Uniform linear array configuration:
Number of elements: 32
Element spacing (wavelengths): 1
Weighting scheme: uniform
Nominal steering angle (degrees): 60
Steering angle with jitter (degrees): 59.301
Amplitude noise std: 0.05
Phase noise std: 0.05

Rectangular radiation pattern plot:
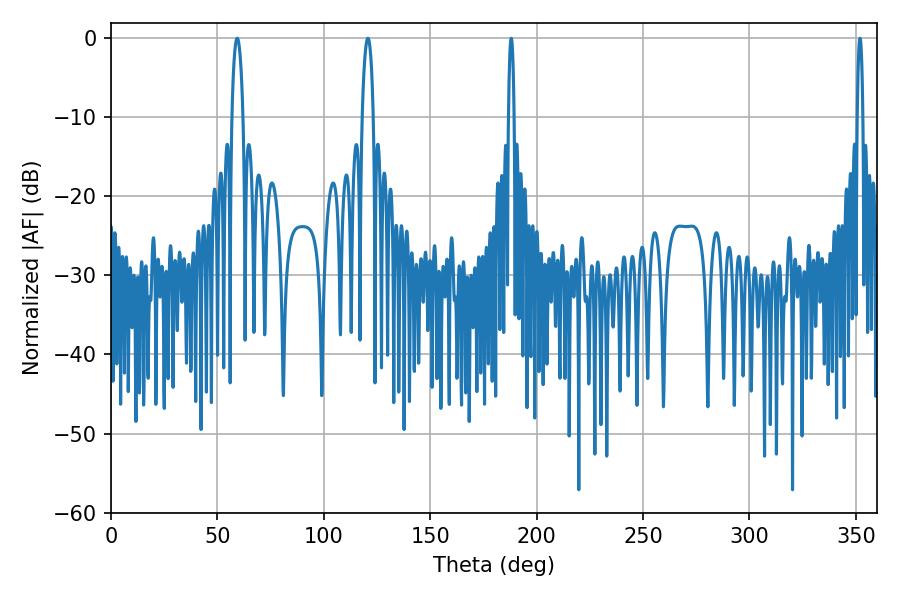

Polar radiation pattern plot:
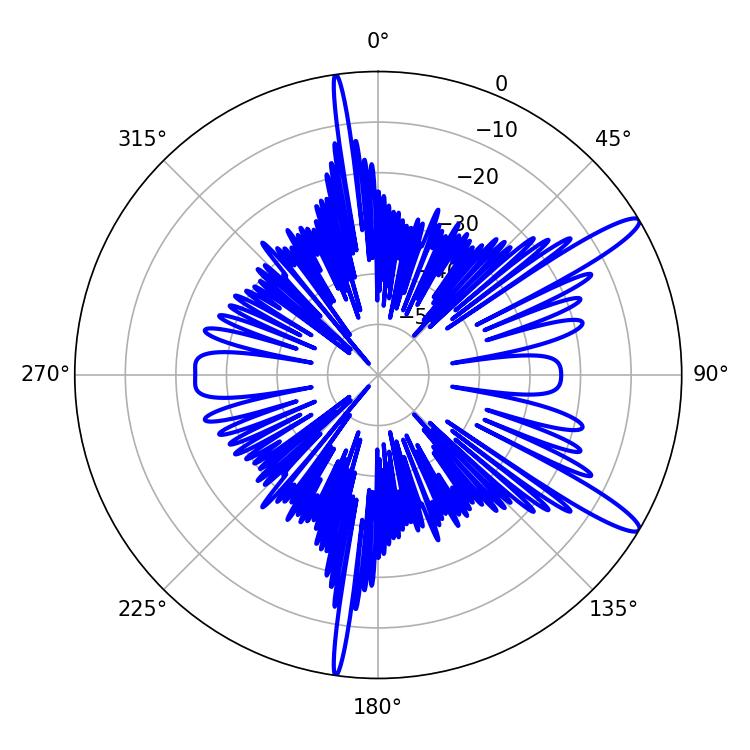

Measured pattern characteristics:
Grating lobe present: TRUE
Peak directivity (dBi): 13.223
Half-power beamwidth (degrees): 3.06
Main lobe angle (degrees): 59.22